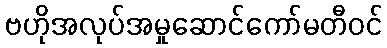
ဗဟိုအလုပ်အမှုဆောင်ကော်မတီဝင်